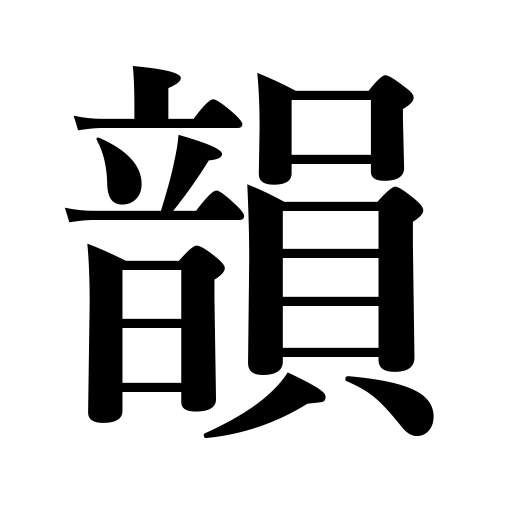
Meanings: tone,elegance,rhyme